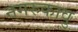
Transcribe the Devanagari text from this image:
नगरुकावु